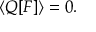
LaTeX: \left\langle Q [ F ] \right\rangle = 0 .